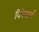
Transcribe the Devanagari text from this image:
विनेमार्का